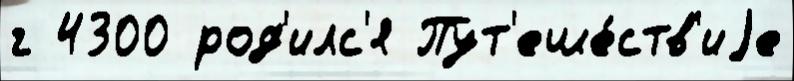
г 4300 род'илс'я Пут'еше́ств'иjе